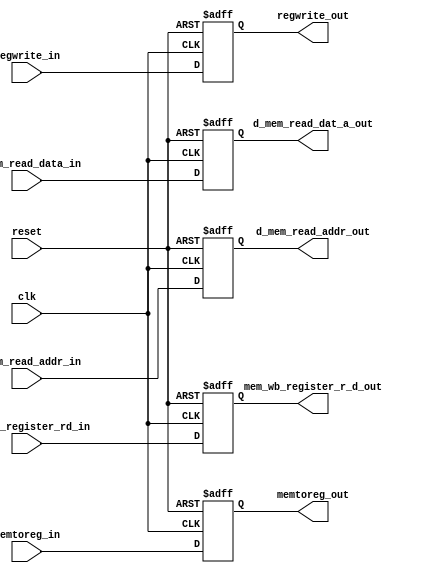
// mem/wb stage register
// update content & output updated content at rising edge
module mem_wb_stage_reg (regwrite_in, memtoreg_in, regwrite_out, memtoreg_out, d_mem_read_data_in, d_mem_read_addr_in, d_mem_read_dat_a_out, d_mem_read_addr_out, ex_mem_register_rd_in, mem_wb_register_r_d_out, clk, reset);
	// 1. wb control signal
	input regwrite_in, memtoreg_in;
	output regwrite_out, memtoreg_out;
	// 2. data content
	input [31:0] d_mem_read_data_in, d_mem_read_addr_in;
	output [31:0] d_mem_read_dat_a_out, d_mem_read_addr_out;
	input [4:0] ex_mem_register_rd_in;
	output [4:0] mem_wb_register_r_d_out;
	// general signal
	// reset: async; set all register content to 0
	input clk, reset;
	
	reg regwrite_out, memtoreg_out;
	reg [31:0] d_mem_read_dat_a_out, d_mem_read_addr_out;
	reg [4:0] mem_wb_register_r_d_out;
	
	always @(posedge clk or posedge reset)
	begin
		if (reset == 1'b1)
		begin
			regwrite_out <= 1'b0;
			memtoreg_out <= 1'b0;
			d_mem_read_dat_a_out <= 32'b0;
			d_mem_read_addr_out <= 32'b0;
			mem_wb_register_r_d_out <= 5'b0;
		end
		else begin
			regwrite_out <= regwrite_in;
			memtoreg_out <= memtoreg_in;
			d_mem_read_dat_a_out <= d_mem_read_data_in;
			d_mem_read_addr_out <= d_mem_read_addr_in;
			mem_wb_register_r_d_out <= ex_mem_register_rd_in;
		end
		
	end
	
endmodule